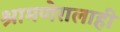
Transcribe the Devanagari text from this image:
श्रामणेरालाही